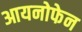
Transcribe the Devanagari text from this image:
आयनोफेन